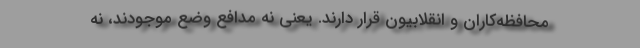
محافظه‌کاران و انقلابیون قرار دارند. یعنی نه مدافع وضع موجودند، نه